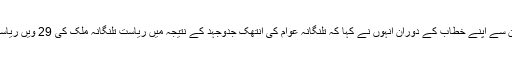
مانسون اجلاس کے پہلے روز ایوان سے اپنے خطاب کے دوران انہوں نے کہا کہ تلنگانہ عوام کی انتھک جدوجہد کے نتیجہ میں ریاست تلنگانہ ملک کی 29 ویں ریاست کی صورت میں وجود میں آئی ۔